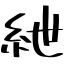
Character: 紲